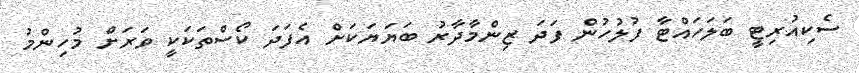
ސެކިއުރިޓީ ބަލަހައްޓާ ފުލުހުން ފަދަ ޒިންމާދާރު ބަޔަޔަކަށް އެފަދަ ކޯސްތަކަކީ ވަރަށް މުހިންމު